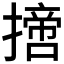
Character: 𢴨